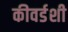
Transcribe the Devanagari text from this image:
कीवर्डशी